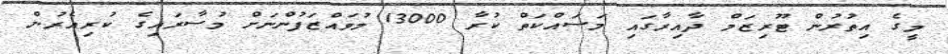
މީގެ އިތުރުން ޓޫރިޒަމް ދާއިރާގައި މަސައްކަތް ކުރާ 13000 މުވައްޒަފުންނަށް މުސާރައިގެ ކުރިއެރުން